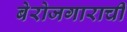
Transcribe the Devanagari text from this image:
बेरोजगाराची